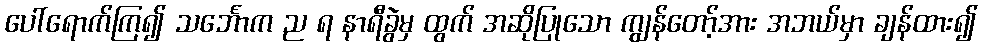
ပေါ်ရောက်ကြ၍ သင်္ဘောက ည ရ နာရီခွဲမှ ထွက် အဆိုပြုသော ကျွန်တော့်အား အဘယ်မှာ ချန်ထား၍